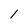
Character: 1